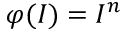
\varphi ( I ) = I ^ { n }